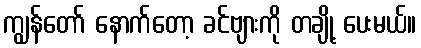
ကျွန်တော် နောက်တော့ ခင်ဗျားကို တချို့ ပေးမယ်။